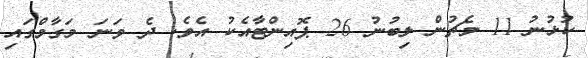
ކުޅުނު 11 މެޗުން ލިބުނު 26 ޕޮއިންޓާއެކު އެވެ. ދެ ވަނަ މަގާމްގައި